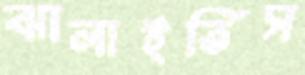
ঝালাইতিস